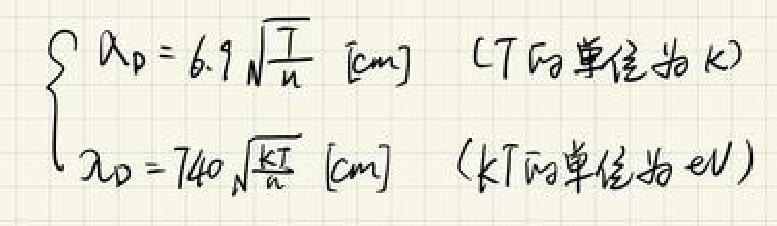
\[
\begin{cases}
\lambda_D = 6.9\sqrt{\frac{T}{n}}\ [\text{cm}] & (T\text{的单位为K}) \\
\lambda_D = 740\sqrt{\frac{kT}{n}}\ [\text{cm}] & (kT\text{的单位为eV})
\end{cases}
\]